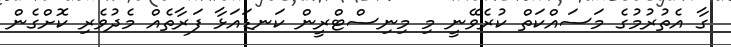
ގާ އެތުރުމުގެ މަސައްކަތް ކުރެވޭނީ މި މިނިސްޓްރީން ކަނޑައަޅާ ފަރާތެއް މެދުވެރި ކޮށްގެން